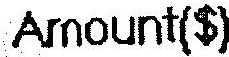
AMOUNT($)